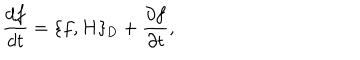
\frac { d f } { d t } = \{ f , H \} _ { \mathrm { D } } + \frac { \partial f } { \partial t } ,